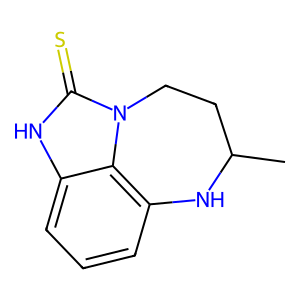
SMILES: CC1CCn2c(=S)[nH]c3cccc(c32)N1
Inhibits HIV replication: Yes